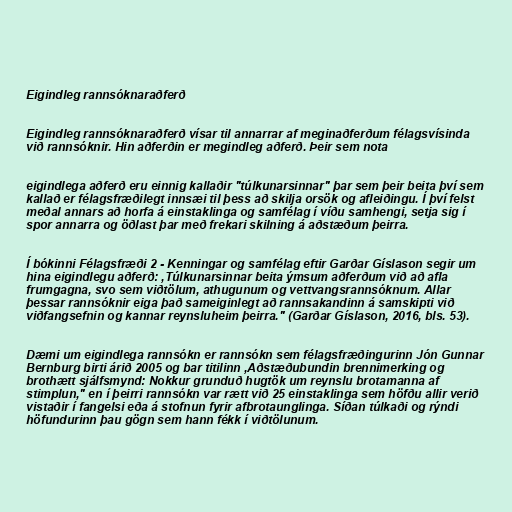
Eigindleg rannsóknaraðferð

Eigindleg rannsóknaraðferð vísar til annarrar af meginaðferðum félagsvísinda
við rannsóknir. Hin aðferðin er megindleg aðferð. Þeir sem nota

eigindlega aðferð eru einnig kallaðir "túlkunarsinnar" þar sem þeir beita því sem
kallað er félagsfræðilegt innsæi til þess að skilja orsök og afleiðingu. Í því felst
meðal annars að horfa á einstaklinga og samfélag í víðu samhengi, setja sig í
spor annarra og öðlast þar með frekari skilning á aðstæðum þeirra.

Í bókinni Félagsfræði 2 - Kenningar og samfélag eftir Garðar Gíslason segir um
hina eigindlegu aðferð: ,Túlkunarsinnar beita ýmsum aðferðum við að afla
frumgagna, svo sem viðtölum, athugunum og vettvangsrannsóknum. Allar
þessar rannsóknir eiga það sameiginlegt að rannsakandinn á samskipti við
viðfangsefnin og kannar reynsluheim þeirra." (Garðar Gíslason, 2016, bls. 53).

Dæmi um eigindlega rannsókn er rannsókn sem félagsfræðingurinn Jón Gunnar
Bernburg birti árið 2005 og bar titilinn ,Aðstæðubundin brennimerking og
brothætt sjálfsmynd: Nokkur grunduð hugtök um reynslu brotamanna af
stimplun," en í þeirri rannsókn var rætt við 25 einstaklinga sem höfðu allir verið
vistaðir í fangelsi eða á stofnun fyrir afbrotaunglinga. Síðan túlkaði og rýndi
höfundurinn þau gögn sem hann fékk í viðtölunum.